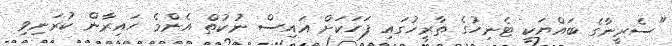
"ސެރީނާގެ ބައްޔަކީ ޓެނިހުގެ ތާރީހުގައި ފަހަކަށް އައިސް ނުކުތް އެންމެ ހައިރާން ކުރަނިވި